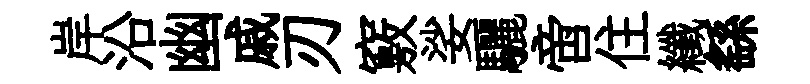
岸沿幽戚刃竅娑驪啻住纖繇